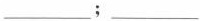
___ ; ___